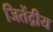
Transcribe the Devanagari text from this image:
जितेंद्रीय